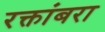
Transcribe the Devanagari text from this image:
रक्तांबरा